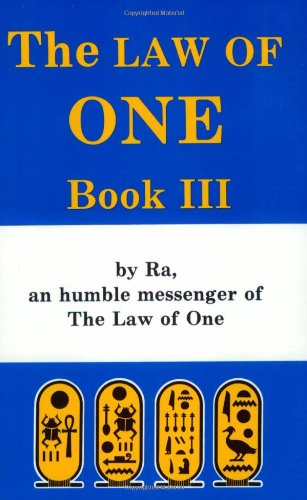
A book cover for The Law of One, Book Three : By Ra an Humble Messenger (Bk. 3); Ra; Religion & Spirituality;